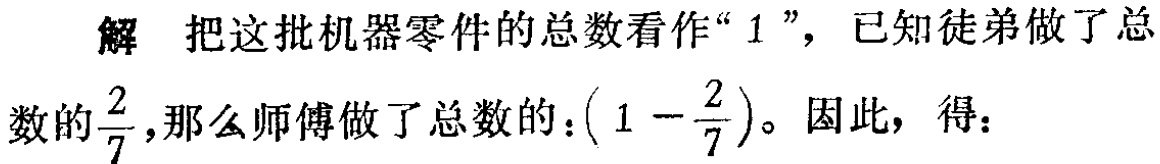
解 把这批机器零件的总数看作“$1$”，已知徒弟做了总数的$\frac{2}{7}$，那么师傅做了总数的：$(1 - \frac{2}{7})$。因此，得：